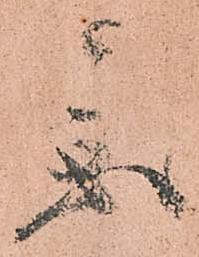
参